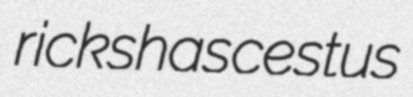
rickshas cestus